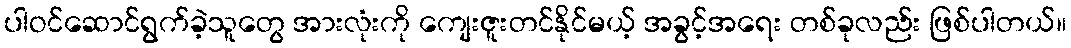
ပါဝင်ဆောင်ရွက်ခဲ့သူတွေ အားလုံးကို ကျေးဇူးတင်နိုင်မယ့် အခွင့်အရေး တစ်ခုလည်း ဖြစ်ပါတယ်။